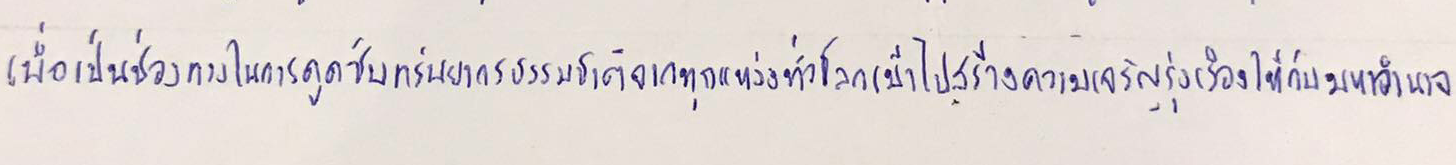
เพื่อเป็นช่องทางในการดูดซับทรัพยากรธรรมชาติจากทุกแหล่งทั่วโลกเข้าไปสร้างความเจริญรุ่งเรืองให้กับมหาอำนาจ